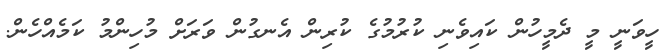
ހީވަނީ މީ ދެމީހުން ކައިވެނި ކުރުމުގެ ކުރިން އެނގުން ވަރަށް މުހިންމު ކަމެއްހެން.